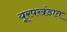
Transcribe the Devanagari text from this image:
यूरपखंडात